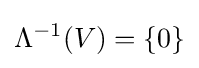
\Lambda ^{-1}(V)=\{0\}